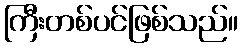
ကြီးတစ်ပင်ဖြစ်သည်။